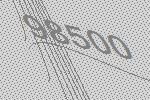
98500